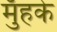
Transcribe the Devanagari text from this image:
मुँहके